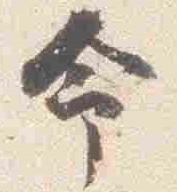
命